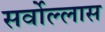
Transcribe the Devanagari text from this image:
सर्वोल्लास